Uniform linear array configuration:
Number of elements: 24
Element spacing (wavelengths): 0.75
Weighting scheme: cosine
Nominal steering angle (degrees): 0
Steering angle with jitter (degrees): -0.3073
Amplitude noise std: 0.05
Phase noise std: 0.05

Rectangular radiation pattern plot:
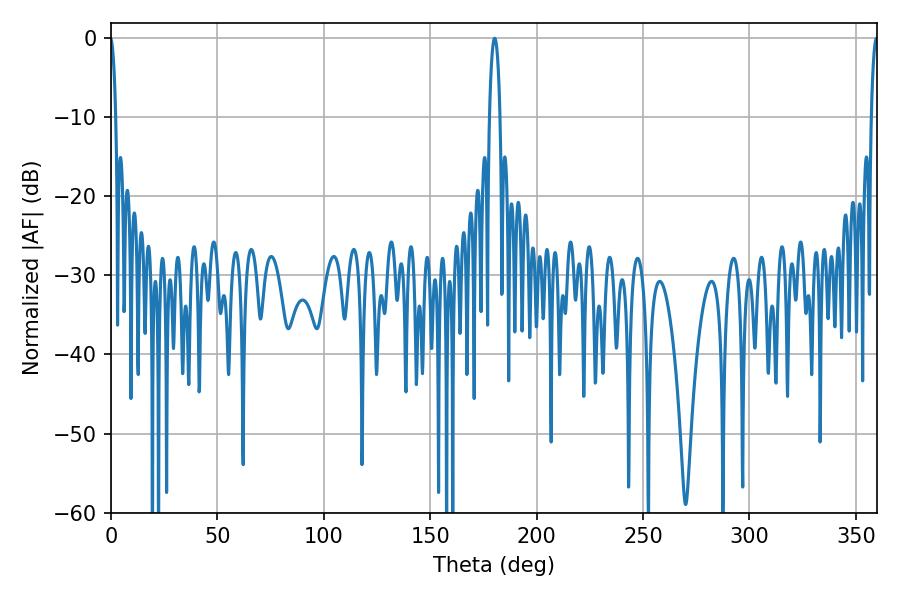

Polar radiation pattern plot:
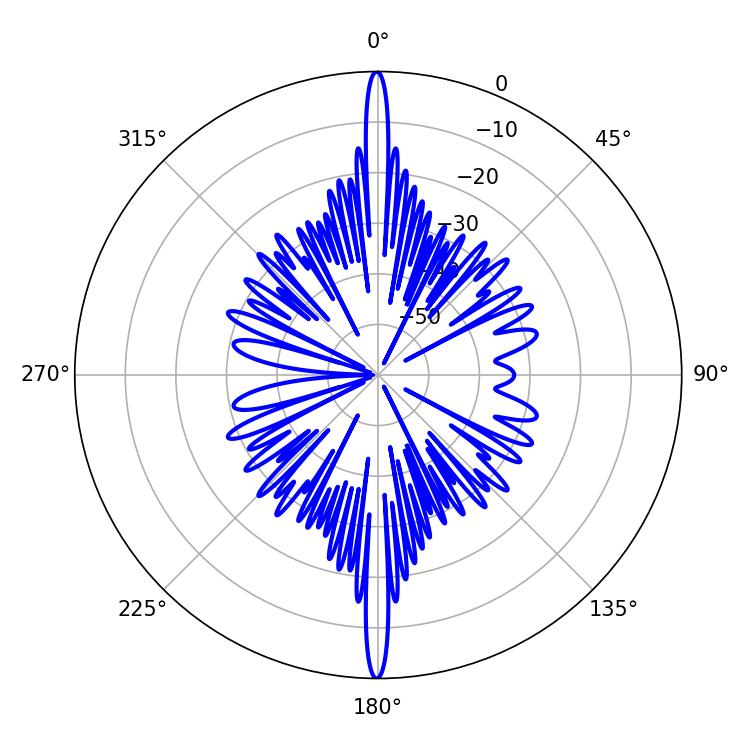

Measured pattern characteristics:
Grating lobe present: TRUE
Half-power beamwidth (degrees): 2.7
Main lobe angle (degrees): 180.36